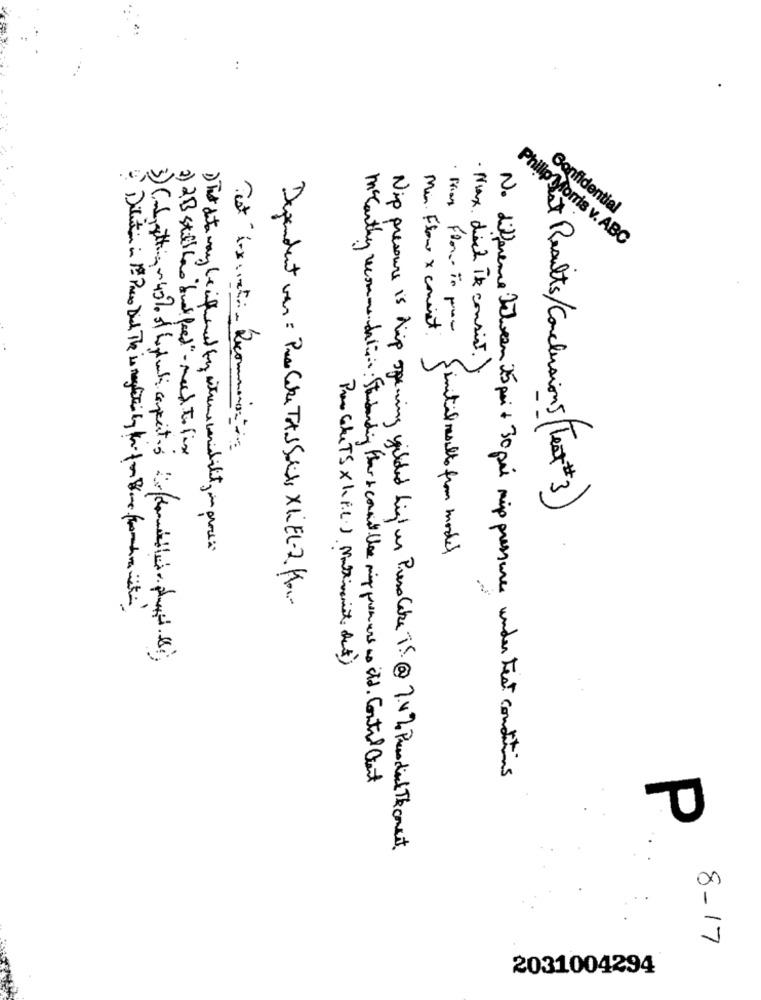
Confidential
Philip Morris v. ABC
Min. Flow x convict.
· Mag Flor- To place
· Max dich Te consist.)
2) 2B still Las "und feed" - need to fix
Results/Conclusions(Tex+3)
Finitil results from model
Dependent van : Pres Cake TAS SON XILEL-2 Hour
No difference between 25 poi x 30 poi mip pressures under test conditions
Mccarthy recommendations : Standardin Fler & cound llse mig preneurs as std. Control Cent
P
Nip pressure is hip opening gilded high un Preso Cake 15. @ 7 4 % Presodal Thomast
8 - 17
2031004294